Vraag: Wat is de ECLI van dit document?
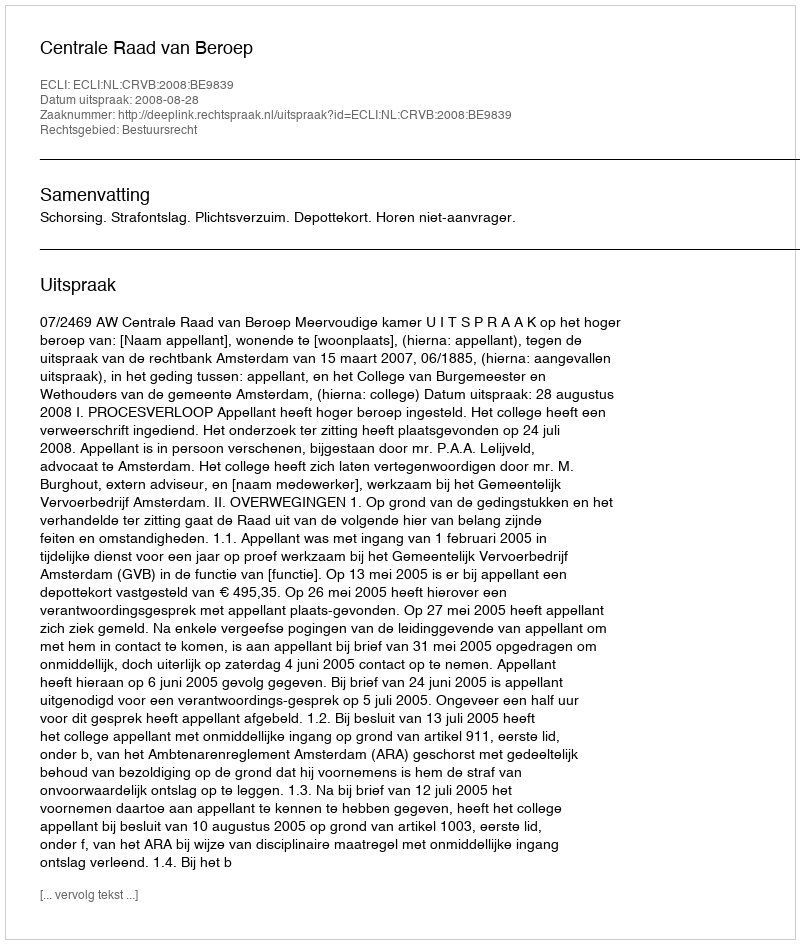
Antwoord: ECLI:NL:CRVB:2008:BE9839